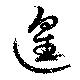
遑